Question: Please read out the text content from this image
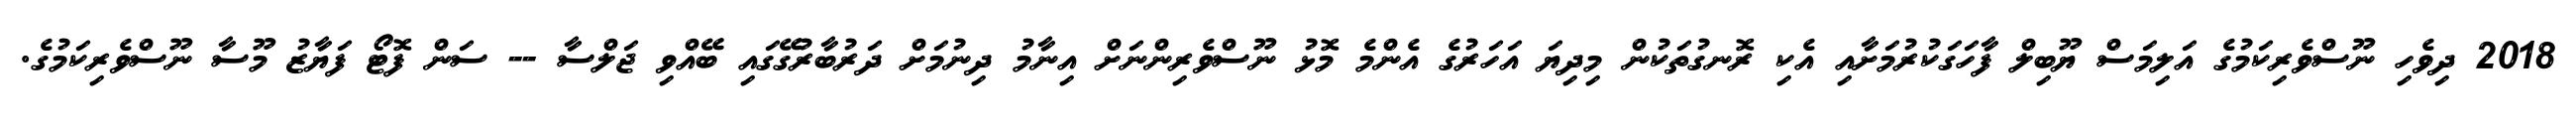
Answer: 2018 ދިވެހި ނޫސްވެރިކަމުގެ އަލިމަސް ޔޫބިލް ފާހަގަކުރުމަށާއި އެކި ރޮނގުތަކުން މިދިޔަ އަހަރުގެ އެންމެ މޮޅު ނޫސްވެރިންނަށް އިނާމު ދިނުމަށް ދަރުބާރުގޭގައި ބޭއްވި ޖަލްސާ -- ސަން ފޮޓޯ ފަޔާޒު މޫސާ ނޫސްވެރިކަމުގެ.